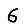
Digit: 6